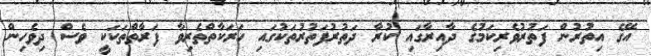
އޭގެ އިތުރުން ފަތުރުވެރިކަމުގެ ދާއިރާގައި ކުރާ ދަތުރުފަތުރުތަކުގައި ހަރަކާތްތެރިވާ ފަރާތްތަކަކީ ވެސް ދިވެހިން